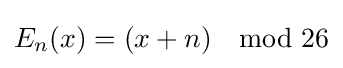
E_{n}(x)=(x+n)\mod {26}